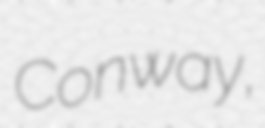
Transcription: Conway,